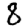
Digit: 8